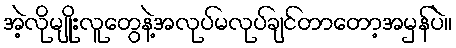
အဲ့လိုမျိုးလူတွေနဲ့အလုပ်မလုပ်ချင်တာတော့အမှန်ပဲ။